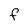
Character: f